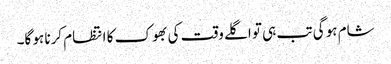
شام ہو گی تب ہی تو اگلے وقت کی بھوک کا انتظام کرنا ہو گا۔